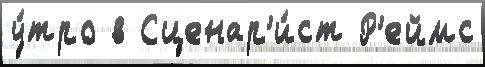
у́тро в Сценар'и́ст Р'еймс